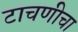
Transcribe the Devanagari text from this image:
टाचणीचा